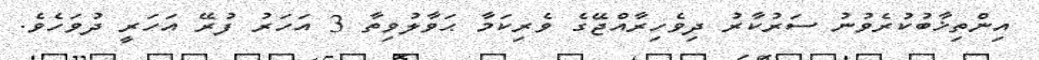
އިންތިޚާބުކުރެވުނު ސަރުކާރު ދިވެހިރާއްޖޭގެ ވެރިކަމާ ޙަވާލުވިތާ 3 އަހަރު ފުރޭ އަހަރީ ދުވަހެވެ.